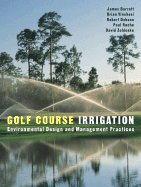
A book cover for Golf Course Irrigation - Environmental Design & Management Practices (03) by Barrett, James - Vinchesi, Brian - Dobson, Robert - Roche, Paul [Hardcover (2003)]; Barret; Science & Math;